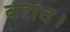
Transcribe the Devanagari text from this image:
वेदांत।